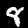
Digit: 8